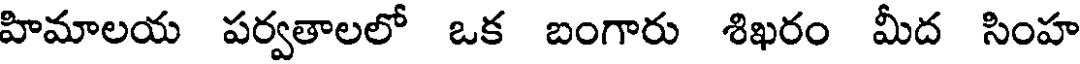
హిమాలయ పర్వతాలలో ఒక బంగారు శిఖరం మీద సింహ